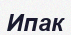
Ипак